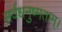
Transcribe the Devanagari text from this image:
सर्वधनुष्मताम्‌।